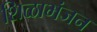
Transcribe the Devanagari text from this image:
शिळाभंजन